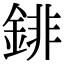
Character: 䤵